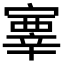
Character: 𡫊